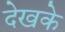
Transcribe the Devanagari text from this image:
देखके